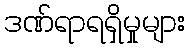
ဒဏ်ရာရရှိမှုများ